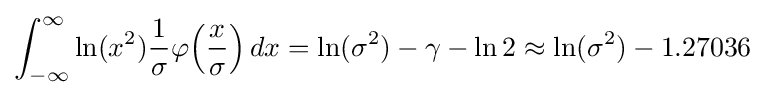
\int _{-\infty }^{\infty }\ln(x^{2}){\frac {1}{\sigma }}\varphi {\left({\frac {x}{\sigma }}\right)}\,dx=\ln(\sigma ^{2})-\gamma -\ln 2\approx \ln(\sigma ^{2})-1.27036